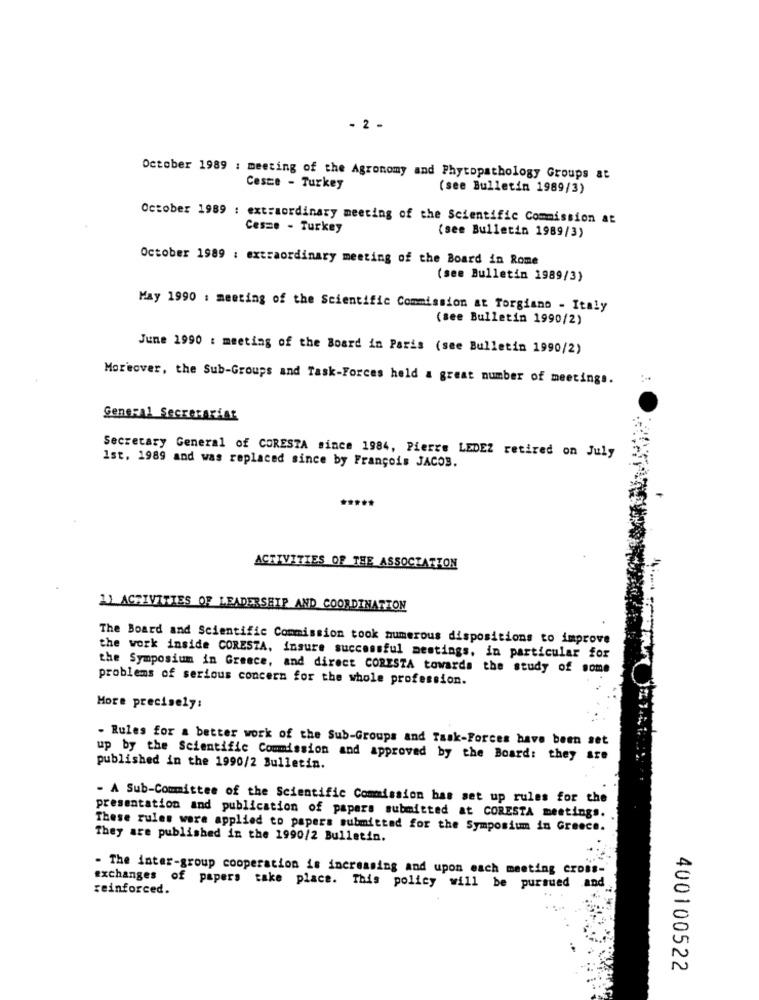
- 2 -
October 1989 : meeting of the Agronomy and Phytopathology Groups at
Cesce - Turkey
(see Bulletin 1989/3)
October 1989 : extraordinary meeting of the Scientific Commission at
Cesme - Turkey
(see Bulletin 1989/3)
October 1989 : extraordinary meeting of the Board in Rome
(see Bulletin 1989/3)
May 1990 : meeting of the Scientific Commission at Torgiano - Italy
(see Bulletin 1990/2)
June 1990 : meeting of the Board in Paris (see Bulletin 1990/2)
Moreover, the Sub-Groups and Task-Forces held a great number of meetings.
General Secretariat
Secretary General of CORESTA since 1984, Pierre LEDEZ retired on July
Ist. 1989 and was replaced since by François JACOB.
ACTIVITIES OF THE ASSOCIATION
11 ACTIVITIES OF LEADERSHIP AND COORDINATION
The Board and Scientific Commission took numerous dispositions to improve
the work inside CORESTA, insure successful meetings, in particular for
the Symposium in Greece, and direct CORESTA towards the study of some
problems of serious concern for the whole profession.
More precisely:
- Rules for a better work of the Sub-Groups and Task-Forces have been set
up by the Scientific Commission and approved by the Board: they are
published in the 1990/2 Bulletin.
- A Sub-Committee of the Scientific Commission bas set up rules for the
presentation and publication of papers submitted at CORESTA meetings.
These rules wore applied to papers submitted for the Symposium in Greece.
They are published in the 1990/2 Bulletin.
- The inter-group cooperation is increasing and upon each meeting cross-
exchanges of papers take place. This policy will be pursued and
reinforced.
400100522